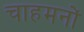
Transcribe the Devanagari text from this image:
चाहमनों